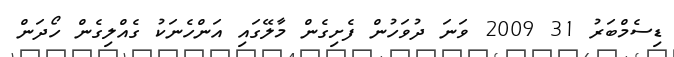
ޑިސެމްބަރު 31 2009 ވަނަ ދުވަހުން ފެށިގެން މާލޭގައި އަންހެނަކު ގެއްލިގެން ހޯދަން